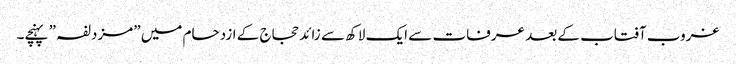
غروب آفتاب کے بعد عرفات سے ایک لاکھ سے زائد حجاج کے ازدحام میں ”مزدلفہ” پہنچے۔